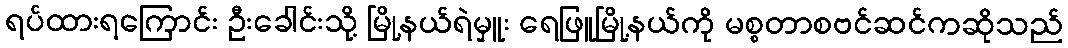
ရပ်ထားရကြောင်း ဦးခေါင်းသို့ မြို့နယ်ရဲမှူး ရေဖြူမြို့နယ်ကို မစ္စတာစဗင်ဆင်ကဆိုသည်